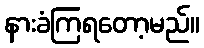
နားခံကြရတော့မည်။